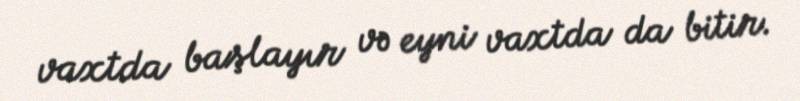
vaxtda başlayır və eyni vaxtda da bitir.